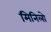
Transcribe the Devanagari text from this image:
मिनिलो